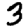
Digit: 3